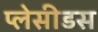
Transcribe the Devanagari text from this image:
प्लेसीडस